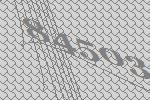
84503